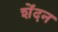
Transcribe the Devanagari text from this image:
शेंदन